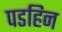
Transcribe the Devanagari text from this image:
पडहिन